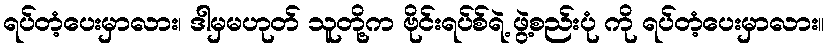
ရပ်တံ့ပေးမှာလား၊ ဒါမှမဟုတ် သူတို့က ဗိုင်းရပ်စ်ရဲ့ ဖွဲ့စည်းပုံ ကို ရပ်တံ့ပေးမှာလား။